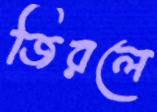
জিরলে